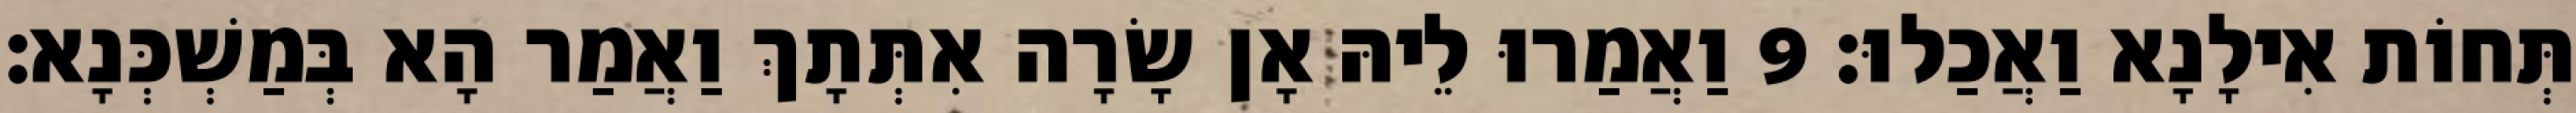
תְּחוֹת אִילָנָא וַאֲכַלוּ׃ 9 וַאֲמַרוּ לֵיהּ אָן שָׂרָה אִתְּתָךְ וַאֲמַר הָא בְּמַשְׁכְּנָא׃